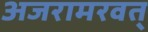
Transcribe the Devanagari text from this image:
अजरामरवत्